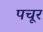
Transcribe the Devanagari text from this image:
पचूर